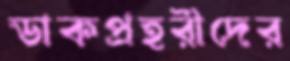
ডাকপ্রহরীদের